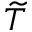
\widetilde { T }